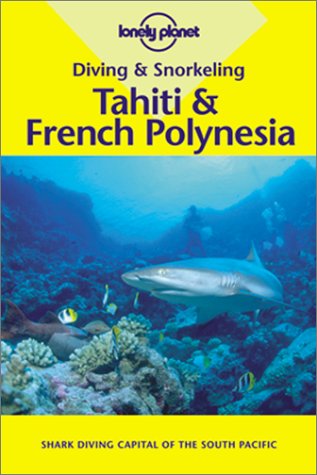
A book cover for Diving & Snorkeling Tahiti & French Polynesia; Jean-Bernard Carillet; Travel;